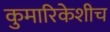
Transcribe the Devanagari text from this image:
कुमारिकेशीच